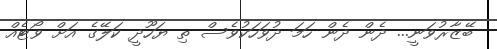
ބޭޒާރުވަނީ... ދެން ދެން ހަމަ ދުވަހަކުވެސް ތި ޔަހޫދީ ކަލޭގެ އަށް ވޯޓެއް